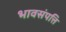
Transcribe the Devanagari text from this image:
भावसंपत्ति